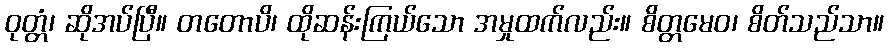
ဝုတ္တံ၊ ဆိုအပ်ပြီ။ တတောပိ၊ ထိုဆန်းကြယ်သော အမှုထက်လည်း။ စိတ္တမေဝ၊ စိတ်သည်သာ။